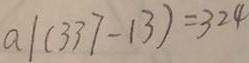
a \vert ( 3 3 7 - 1 3 ) = 3 2 4